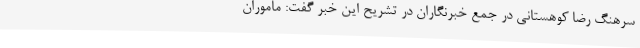
سرهنگ رضا کوهستانی در جمع خبرنگاران در تشریح این خبر گفت: ماموران